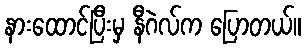
နားထောင်ပြီးမှ နီဂဲလ်က ပြောတယ်။